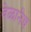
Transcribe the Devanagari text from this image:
वेळानेच